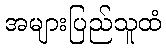
အများပြည်သူထံ